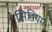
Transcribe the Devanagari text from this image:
सिडियम